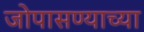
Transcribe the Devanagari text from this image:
जोपासण्याच्या